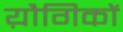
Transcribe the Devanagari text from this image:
य़ौगिकों